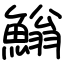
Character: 䱵